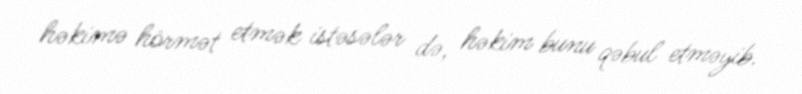
həkimə hörmət etmək istəsələr də, həkim bunu qəbul etməyib.